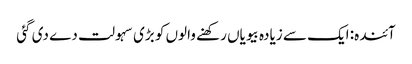
آئندہ: ایک سے زیادہ بیویاں رکھنے والوں کو بڑی سہولت دے دی گئی